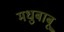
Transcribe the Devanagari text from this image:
मधुबाबू